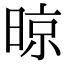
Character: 晾